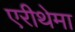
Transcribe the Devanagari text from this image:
एरीथेमा